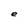
Character: e